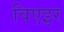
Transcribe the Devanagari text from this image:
विएइर